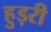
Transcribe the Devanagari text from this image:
हुड़री